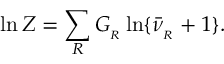
\ln { \cal Z } = \sum _ { R } G _ { _ R } \ln \{ \bar { \nu } _ { _ R } + 1 \} .